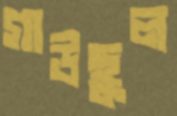
গাউছুল